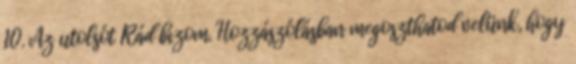
10. Az utolsót Rád bízom. Hozzászólásban megoszthatod velünk, hogy